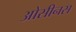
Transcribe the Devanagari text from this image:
ओसीनस